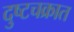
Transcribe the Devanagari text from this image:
दुष्टचक्रात